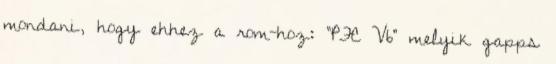
mondani, hogy ehhez a rom-hoz: "PFC V6" melyik gapps